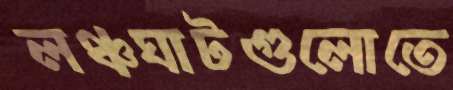
লঞ্চঘাটগুলোতে